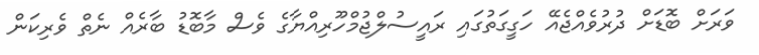
ވަރަށް ބޮޑަށް ދުރުވެއްޖެއޭ ހަގީގަތުގައި ރައީސުލްޖުމްހޫރިއްޔާގެ ވެސް މާބޮޑު ބާރެއް ނެތް ވެރިކަން